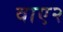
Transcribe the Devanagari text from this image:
वाए२